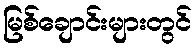
မြစ်ချောင်းများတွင်